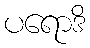
ပရောဒိ